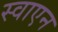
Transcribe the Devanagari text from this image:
स्वाएन